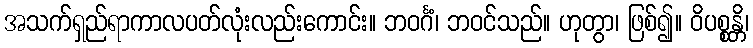
အသက်ရှည်ရာကာလပတ်လုံးလည်းကောင်း။ ဘဝင်္ဂံ၊ ဘဝင်သည်။ ဟုတွာ၊ ဖြစ်၍။ ဝိပစ္စန္တိ၊